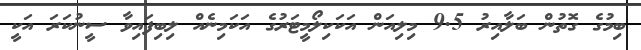
ބިމުގެ ގޮތުން ބަލާއިރު 9.5 މިލިއަން އަކަކިލޯމީޓަރުގެ އަކަމިނެއް ލިބިފައިވާ ސީނުކަރަ އަކީ